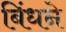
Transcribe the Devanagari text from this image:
बिंधने